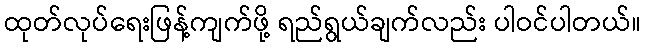
ထုတ်လုပ်ရေးဖြန့်ကျက်ဖို့ ရည်ရွယ်ချက်လည်း ပါဝင်ပါတယ်။